Jaan_Tonisson_(Lasteleht), lk 175
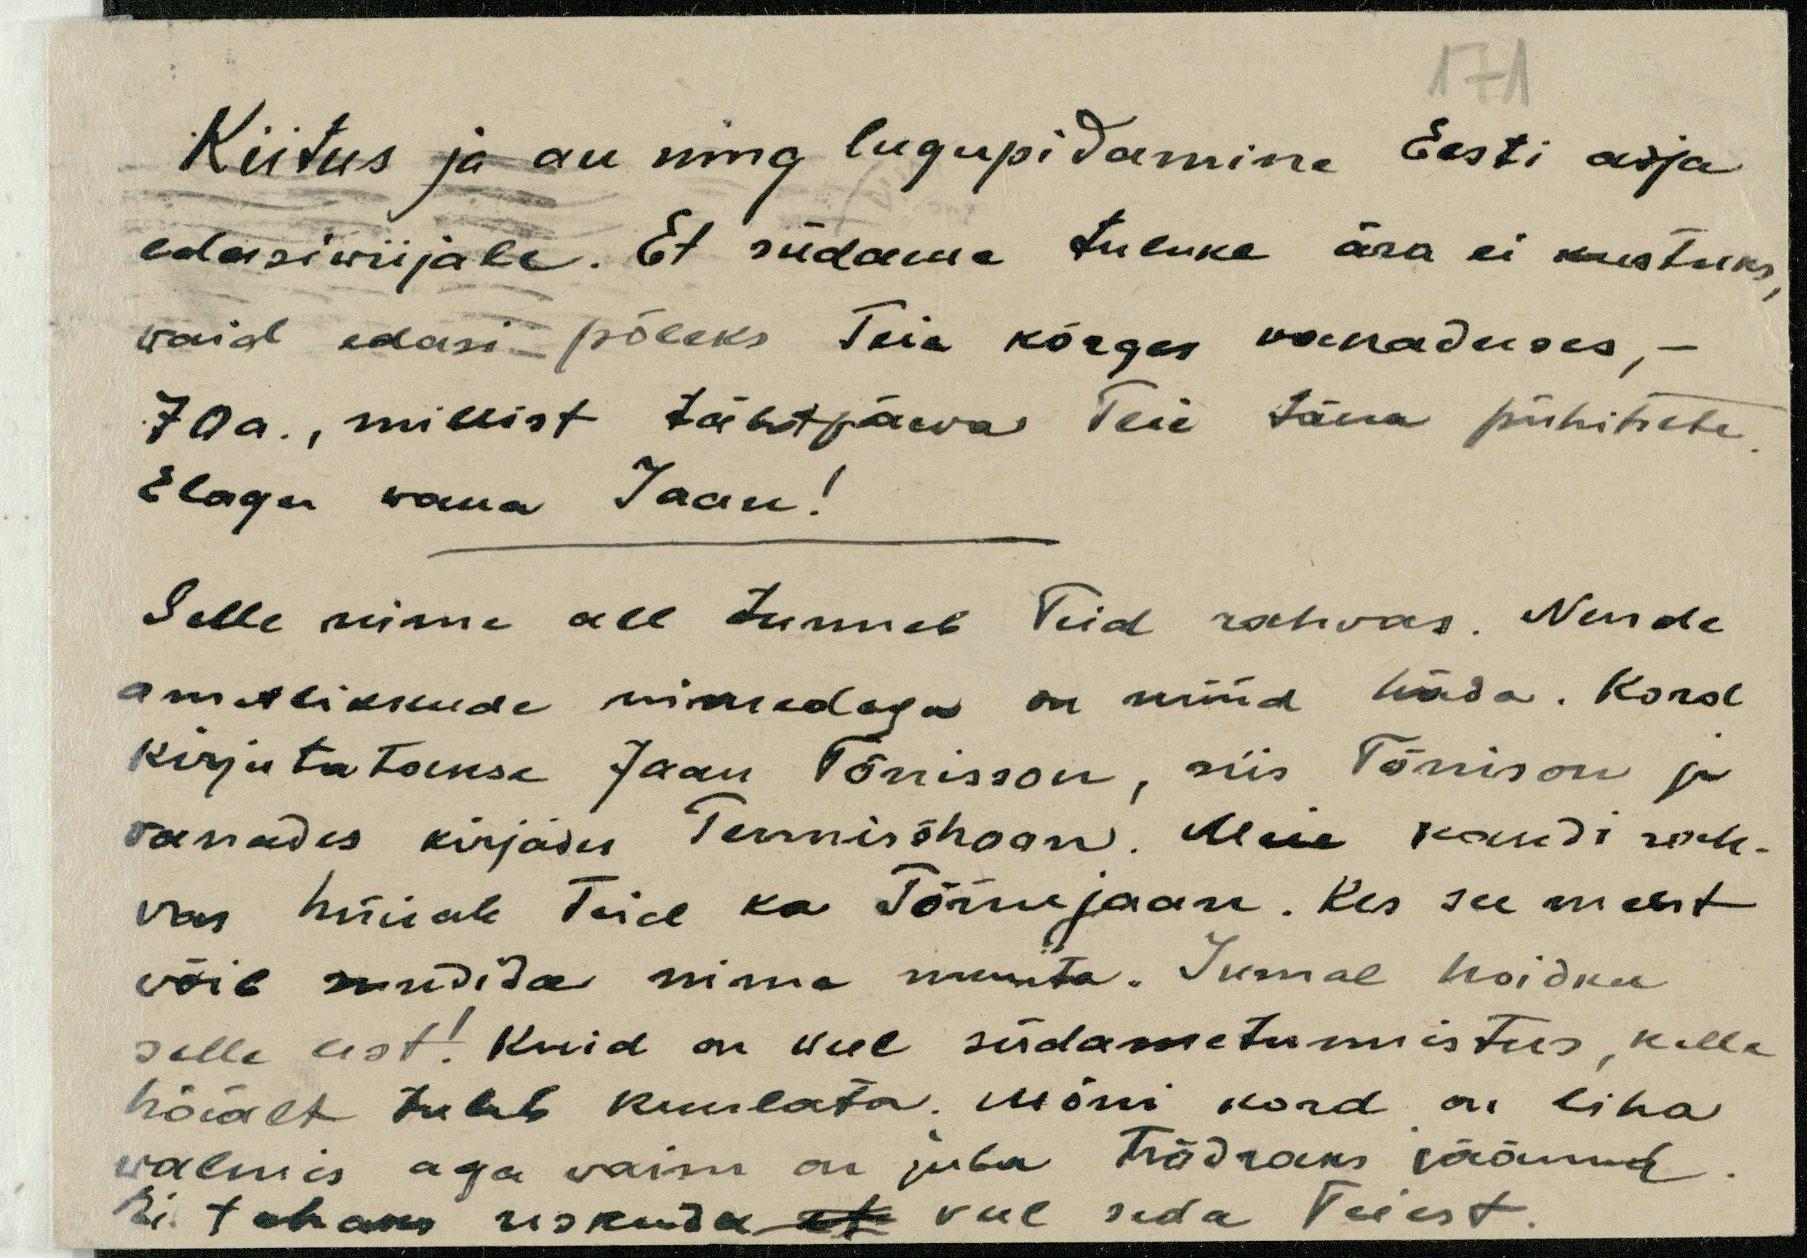
71
Kiitus ja au ning lugupidamine Eesti asja
edasiviijale. Et südame tuluke ära ei kustuks
waid edasi põleks Teie kõrges vanaduses, -
70a., millist tähtpäewa Teie täna pühitsete
Elagu vana Jaan!
Selle nime all tunneb Teid rahvas. Nende
ametlikkude nimedega on nüüd häda. Kord
kirjutatakse Jaan Tõnisson, siis Tõnison ja
vanades kirjadu Tennisšhoon. Meie kandi rah-
vas hüüab Teid ka Tõnujaan. Kes see meest
võib sundida nime muuta. Jumal hoidku
selle eest! Kuid on weel südametunnistus, kelle
häält tuleb kuulata. Mõni kord on liha
valmis aga vaim on juba nõdraks jäänud.
Ei tahaks uskuda et veel seda Teiest.